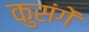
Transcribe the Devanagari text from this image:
कुसंगें